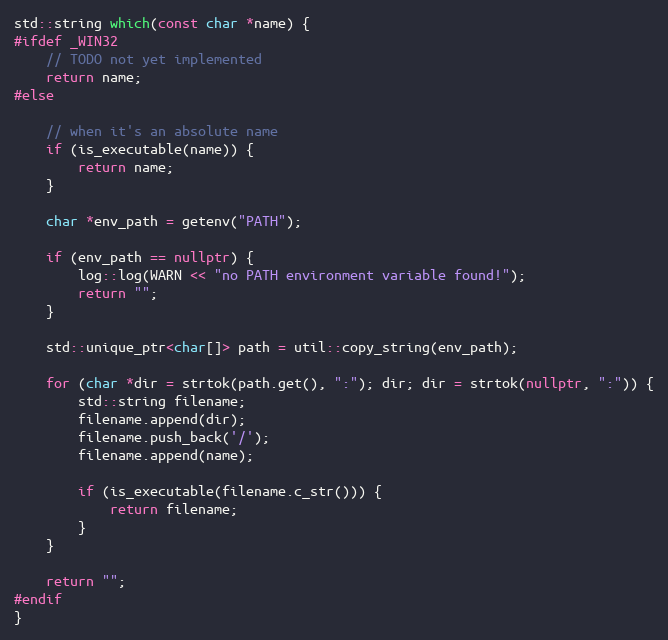
Language: C++
std::string which(const char *name) {
#ifdef _WIN32
	// TODO not yet implemented
	return name;
#else

	// when it's an absolute name
	if (is_executable(name)) {
		return name;
	}

	char *env_path = getenv("PATH");

	if (env_path == nullptr) {
		log::log(WARN << "no PATH environment variable found!");
		return "";
	}

	std::unique_ptr<char[]> path = util::copy_string(env_path);

	for (char *dir = strtok(path.get(), ":"); dir; dir = strtok(nullptr, ":")) {
		std::string filename;
		filename.append(dir);
		filename.push_back('/');
		filename.append(name);

		if (is_executable(filename.c_str())) {
			return filename;
		}
	}

	return "";
#endif
}